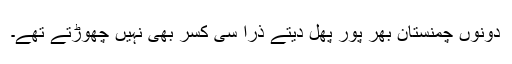
دونوں چمنستان بھر پور پھل دیتے ذرا سی کسر بھی نہیں چھوڑتے تھے۔